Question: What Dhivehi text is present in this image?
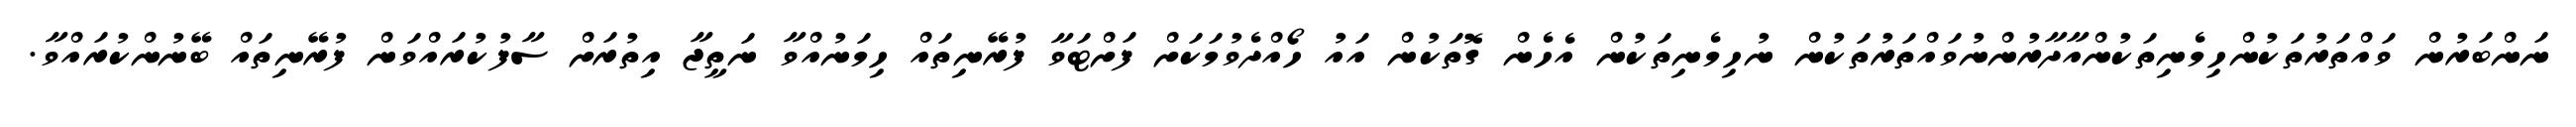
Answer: ނަންބަރުން ވައްތަރުތަކުންހިމެނިތަކުންއާދާރުންނުވައްތަރުތަކުން ނުހިމެނިތަކުން އެހެން ގޮތަކުން އައު ހޯއްދެވުމަކަށް ފަށްޓަވާ ފުރޭނިތައް ހިމަނުއްވާ ނަތީޖާ އިތުރަށް ސާފުކުރައްވަން ފުރޭނިތައް ބޭނުންކުރައްވާ.